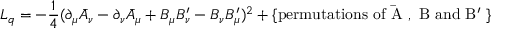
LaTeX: { \cal L } _ { \sc q } = - \frac { 1 } { 4 } ( \partial _ { \mu } \bar { A } _ { \nu } - \partial _ { \nu } \bar { A } _ { \mu } + B _ { \mu } B _ { \nu } ^ { \prime } - B _ { \nu } B _ { \mu } ^ { \prime } ) ^ { 2 } + \{ \mathrm { p e r m u t a t i o n s ~ o f ~ \bar { A } ~ , ~ B ~ a n d ~ B ^ { \prime } ~ } \}